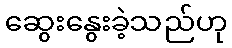
ဆွေးနွေးခဲ့သည်ဟု